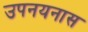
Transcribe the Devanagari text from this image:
उपनयनास